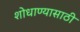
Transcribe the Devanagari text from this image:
शोधाण्यासाठी